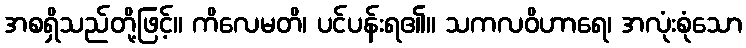
အစရှိသည်တို့ဖြင့်။ ကိလေမတိ၊ ပင်ပန်းရ၏။ သကလဝိဟာရေ၊ အလုံးစုံသော